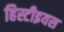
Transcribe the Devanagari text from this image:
हिस्टीइयस